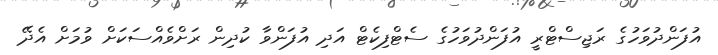
އުފަންދުވަހުގެ ރަޖިސްޓްރީ އުފަންދުވަހުގެ ސެޓްފިކެޓް އަދި އުފަންވާ ކުދިން ރަށްވެއްސަކަށް ވުމަށް އެދޭ